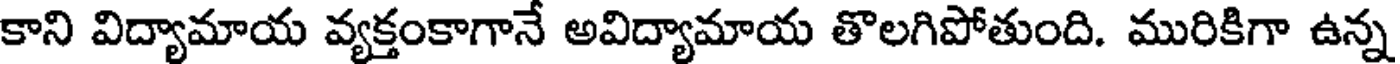
కాని విద్యామాయ వ్యక్తంకాగానే అవిద్యామాయ తొలగిపోతుంది. మురికిగా ఉన్న